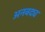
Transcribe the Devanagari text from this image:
अनवद्य